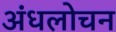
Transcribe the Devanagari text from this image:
अंधलोचन